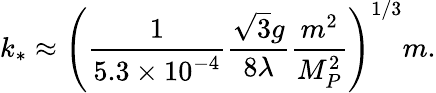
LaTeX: k_{*}\approx\left(\frac{1}{5.3\times 10^{-4}}\frac{\sqrt{3}g}{8\lambda}\frac{m^{2}}{M_{P}^{2}}\right)^{1/3}m.